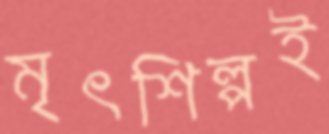
মৃৎশিল্পই